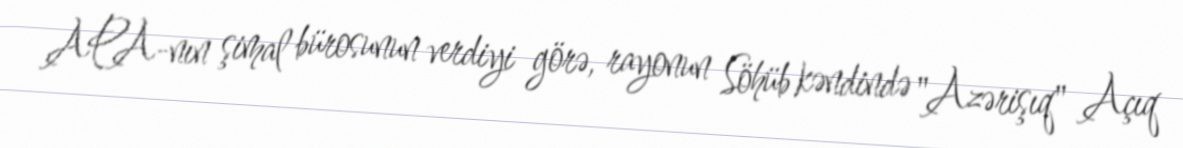
APA-nın şimal bürosunun verdiyi görə, rayonun Söhüb kəndində "Azərişıq" Açıq